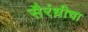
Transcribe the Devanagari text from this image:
सैरंध्रीचा